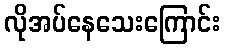
လိုအပ်နေသေးကြောင်း